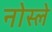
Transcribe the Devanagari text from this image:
नोस्ले